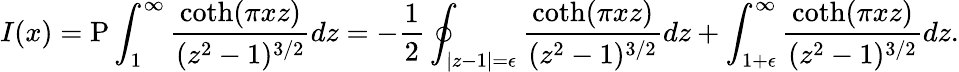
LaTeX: I(x)=\mathrm{P}\int_{1}^{\infty}\frac{\coth(\pi xz)}{(z^{2}-1)^{3/2}}dz=-\frac{1}{2}\oint_{|z-1|=\epsilon}\frac{\coth(\pi xz)}{(z^{2}-1)^{3/2}}dz+\int_{1+\epsilon}^{\infty}\frac{\coth(\pi xz)}{(z^{2}-1)^{3/2}}dz.